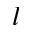
l